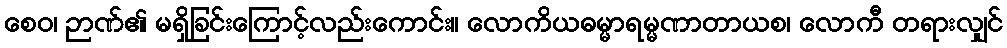
စေဝ၊ ဉာဏ်၏ မရှိခြင်းကြောင့်လည်းကောင်း။ လောကိယဓမ္မာရမ္မဏာတာယစ၊ လောကီ တရားလျှင်